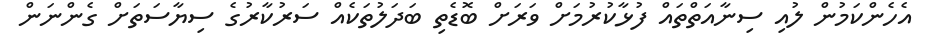
އެހެންކަމުން ލުއި ސިނާއަތްތައް ފުޅާކުރުމަށް ވަރަށް ބޮޑެތި ބަދަލުތަކެއް ސަރުކާރުގެ ސިޔާސަތަށް ގެންނަން